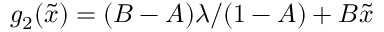
g _ { 2 } ( \tilde { x } ) = ( B - A ) \lambda / ( 1 - A ) + B \tilde { x }